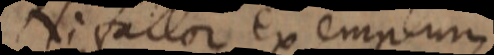
Ni fallor exemplum